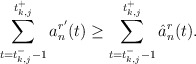
\begin{align*} \sum_{t = t_{k,j}^- -1}^{t_{k,j}^+} a_n^{r'}(t) \geq \sum_{t = t_{k,j}^- -1}^{t_{k,j}^+} \hat{a}_n^r(t).\end{align*}